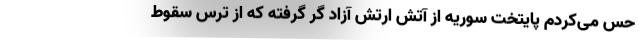
حس می‌کردم پایتخت سوریه از آتش ارتش آزاد گُر گرفته که از ترس سقوط